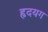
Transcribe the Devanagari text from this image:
हृदयग